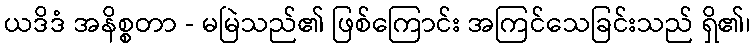
ယဒိဒံ အနိစ္စတာ - မမြဲသည်၏ ဖြစ်ကြောင်း အကြင်သေခြင်းသည် ရှိ၏၊